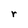
Character: r